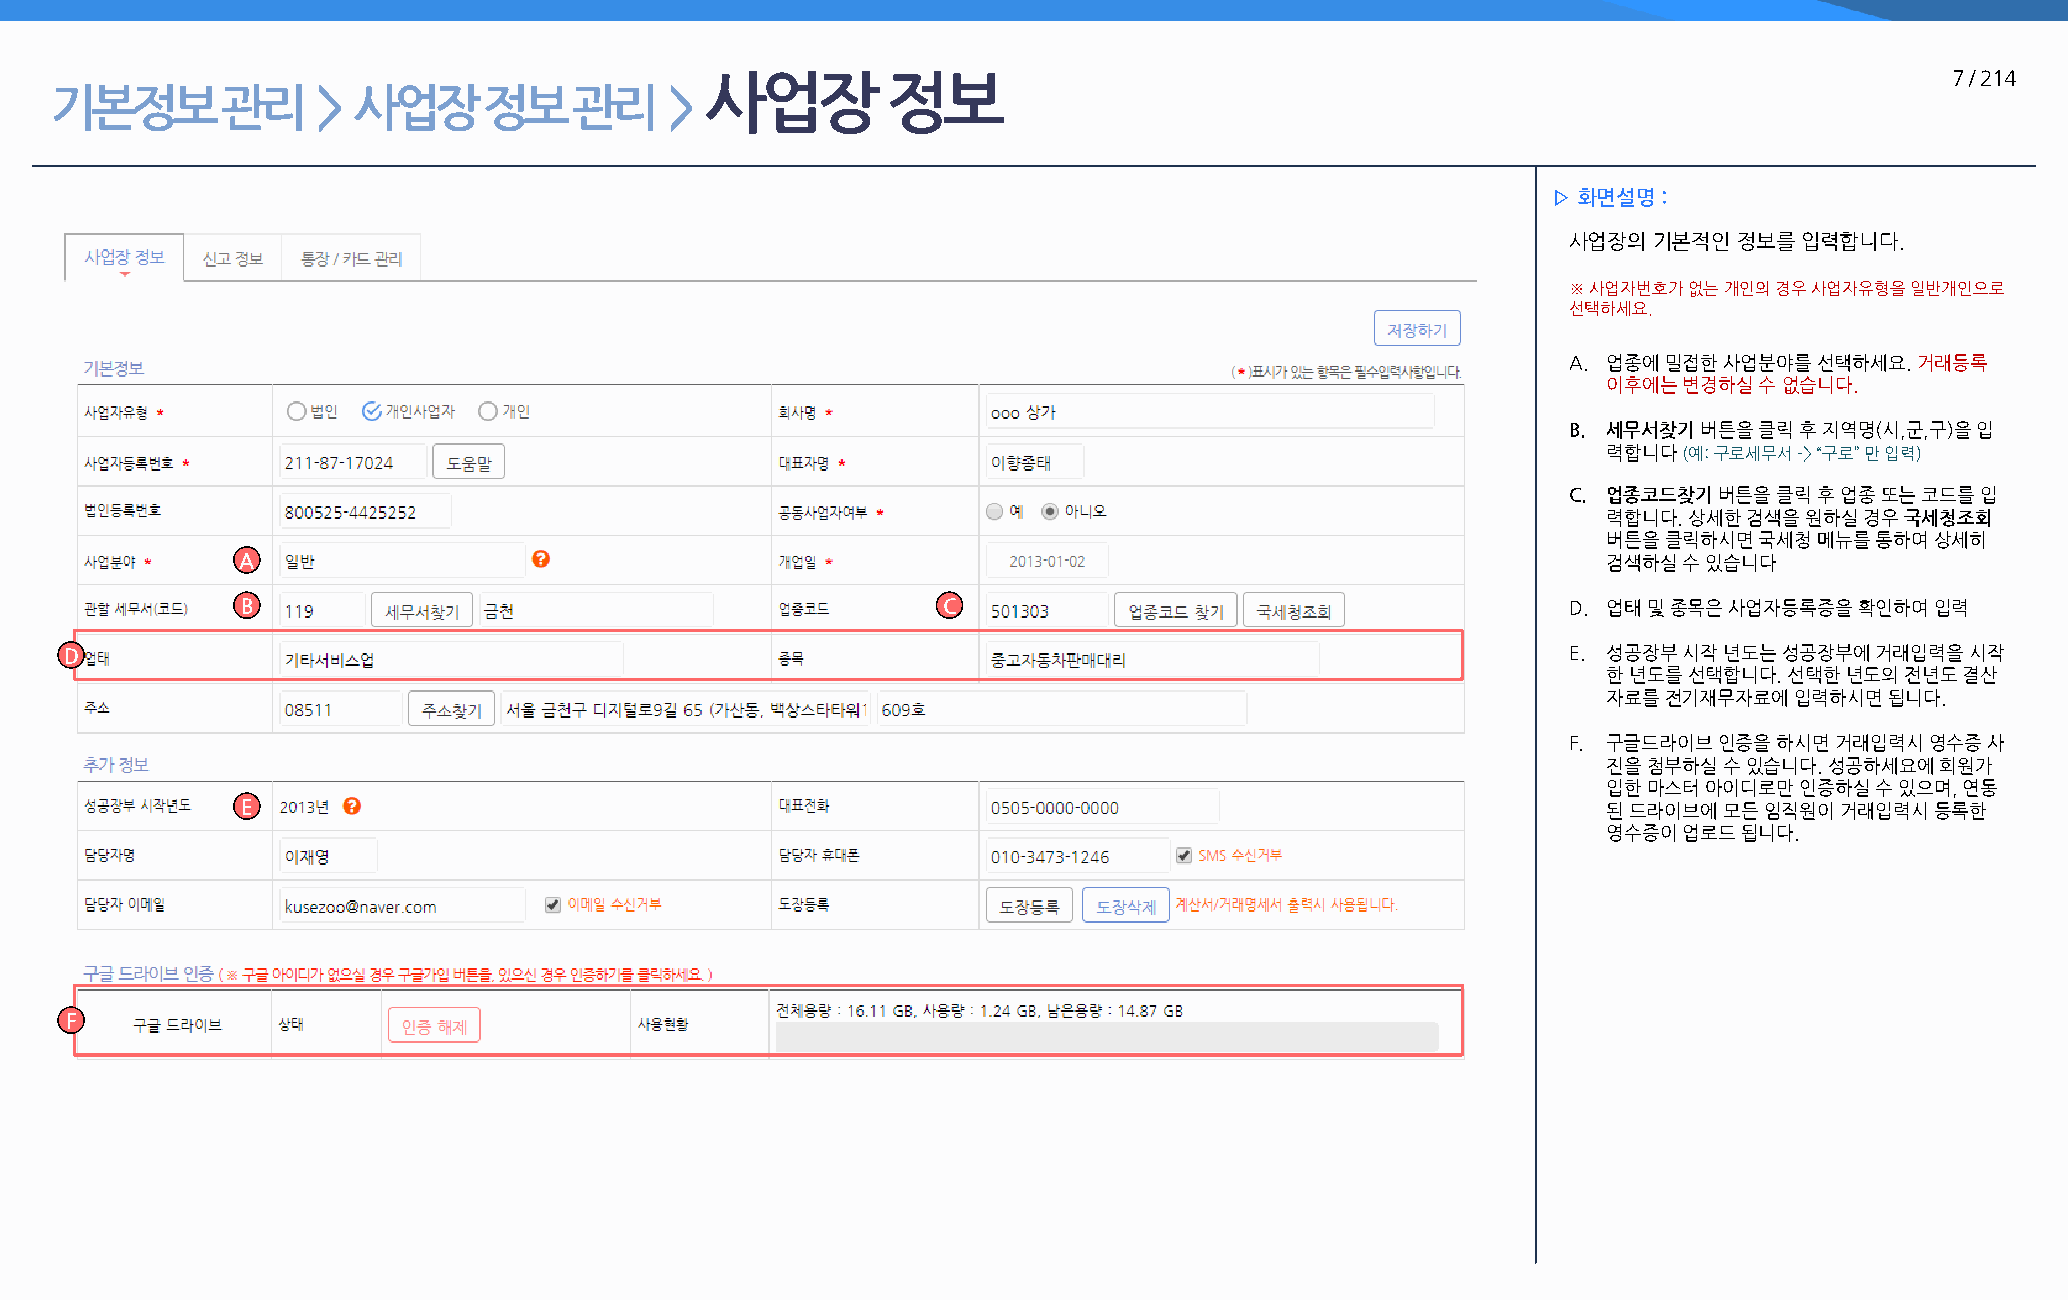
사업장         정보                                                                    7 / 214
 기본정보        관리    > 사업장      정보    관리    >
 ▷ 화면설명 :
 사업장의 기본적인  정보를 입력합니다.
 ※ 사업자번호가 없는 개인의 경우 사업자유형을 일반개인으로
 선택하세요.
 A. 업종에 밀접한 사업분야를 선택하세요. 거래등록
 이후에는 변경하실 수 없습니다.
 B. 세무서찾기 버튼을 클릭 후 지역명(시,군,구)을 입
 력합니다 (예: 구로세무서 -> “구로” 만 입력)
 C. 업종코드찾기 버튼을 클릭 후 업종 또는 코드를 입
 력합니다. 상세한 검색을 원하실 경우 국세청조회
 버튼을 클릭하시면 국세청 메뉴를 통하여 상세히
 A                                                                                         검색하실 수 있습니다
 B                                             C                                         D. 업태 및 종목은 사업자등록증을 확인하여 입력
 D                                                                                                   E. 성공장부 시작 년도는 성공장부에 거래입력을 시작
 한 년도를 선택합니다. 선택한 년도의 전년도 결산
 자료를 전기재무자료에  입력하시면 됩니다.
 F. 구글드라이브 인증을 하시면 거래입력시 영수증 사
 진을 첨부하실 수 있습니다. 성공하세요에 회원가
 입한 마스터 아이디로만 인증하실 수 있으며, 연동
 E                                                                                         된 드라이브에 모든 임직원이 거래입력시 등록한
 영수증이 업로드 됩니다.
 F